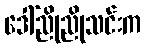
ဒေါ်ညိုညိုသင်းက